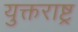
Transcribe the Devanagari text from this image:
युक्तराष्ट्र